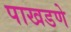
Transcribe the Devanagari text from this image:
पाखडणे